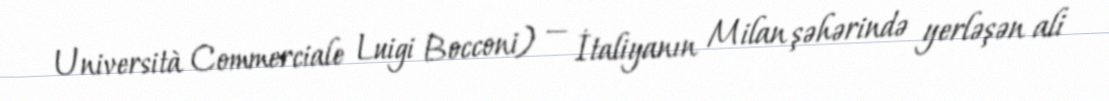
Università Commerciale Luigi Bocconi) — İtaliyanın Milan şəhərində yerləşən ali